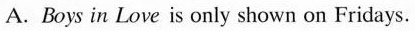
A.Boys in Love is only shown on Fridays.